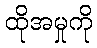
ထိုအမှုကို